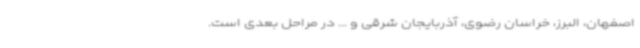
اصفهان، البرز، خراسان رضوی، آذربایجان شرقی و ... در مراحل بعدی است.